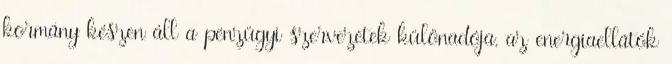
kormány készen áll a pénzügyi szervezetek különadója, az energiaellátók